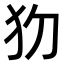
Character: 𤜩